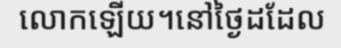
លោកឡើយ។នៅថ្ងៃដដែល